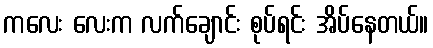
ကလေး လေးက လက်ချောင်း စုပ်ရင်း အိပ်နေတယ်။